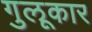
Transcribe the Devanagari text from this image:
गुलूकार